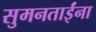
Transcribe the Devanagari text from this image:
सुमनताईंना